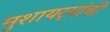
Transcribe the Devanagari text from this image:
मुशायर्‍यांची